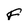
Character: F